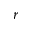
r